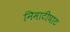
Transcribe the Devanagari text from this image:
निमाटीघाट